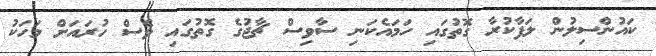
ކައުންސިލުން ލަފާކުރާ ގޮތުގައި ހަމައެކަނި ސާވިސް ޗާޖުގެ ގޮތުގައި ވެސް ހުރައަށް މަހަކު